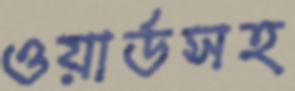
ওয়ার্ডসহ